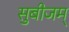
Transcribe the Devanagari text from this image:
सुबीजम्